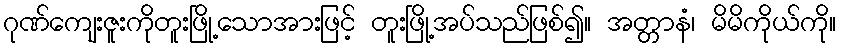
ဂုဏ်ကျေးဇူးကိုတူးဖြို့သောအားဖြင့် တူးဖြို့အပ်သည်ဖြစ်၍။ အတ္တာနံ၊ မိမိကိုယ်ကို။